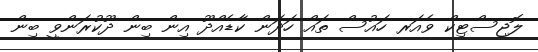
ލޮޖިސްޓިކް ވެއަރ ހައުސް ތައް ހަދަން ކާޑެއްދޫ އިން ބިން ދޫކުރަންވީ ބިން